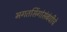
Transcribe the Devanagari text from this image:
भगतसिंगांसंबंधीचे